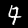
Digit: 4